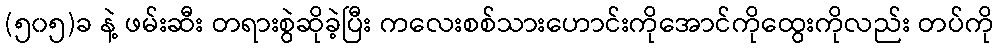
(၅၀၅)ခ နဲ့ ဖမ်းဆီး တရားစွဲဆိုခဲ့ပြီး ကလေးစစ်သားဟောင်းကိုအောင်ကိုထွေးကိုလည်း တပ်ကို